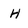
Character: H